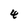
Character: 4